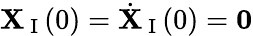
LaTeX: \mathbf{X}_{\mathrm{~I~}}(0)=\dot{\mathbf{X}}_{\mathrm{~I~}}(0)=\mathbf{0}